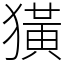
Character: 獚